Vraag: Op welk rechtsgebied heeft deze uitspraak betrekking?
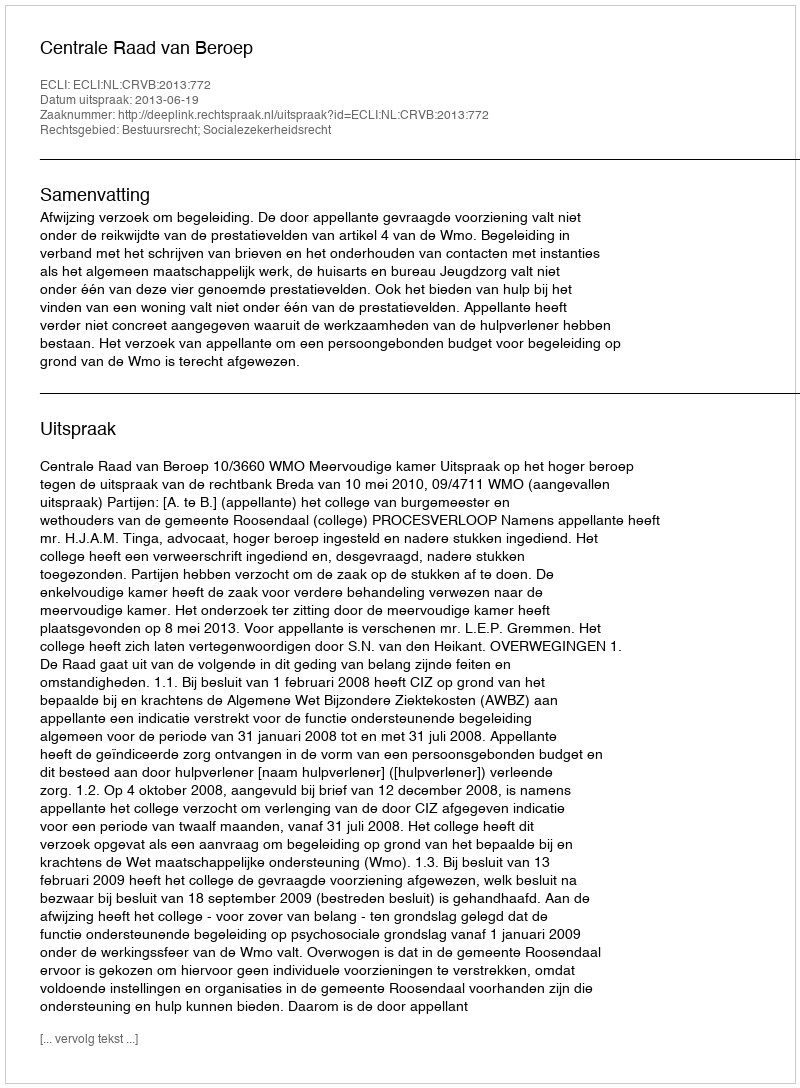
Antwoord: Bestuursrecht; Socialezekerheidsrecht